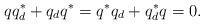
LaTeX: \begin{align*} qq_d^* + q_d q^* = q^*q_d + q_d^* q=0.\end{align*}